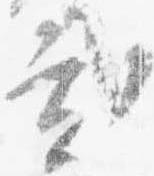
弐